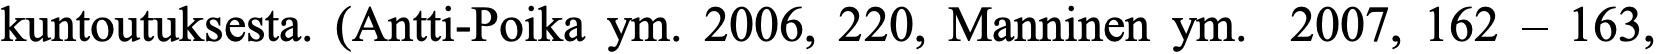
kuntoutuksesta. (Antti-Poika ym. 2006, 220, Manninen ym. 2007, 162 – 163,